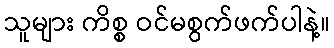
သူများ ကိစ္စ ဝင်မစွက်ဖက်ပါနဲ့။